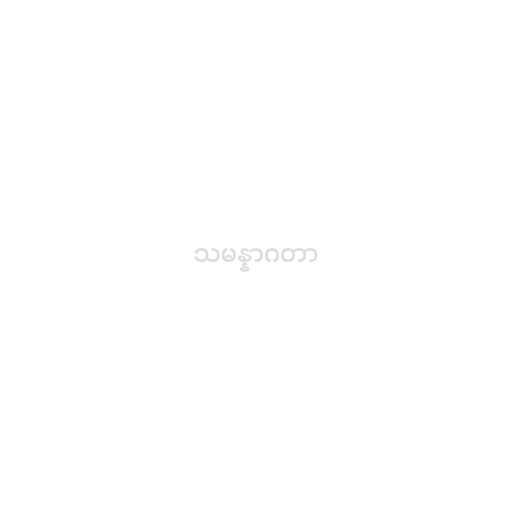
သမန္နာဂတာ